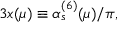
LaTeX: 3 x ( \mu ) \equiv \alpha _ { s } ^ { ( 6 ) } ( \mu ) / \pi ,